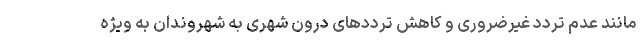
مانند عدم تردد غیرضروری و کاهش ترددهای درون شهری به شهروندان به ویژه